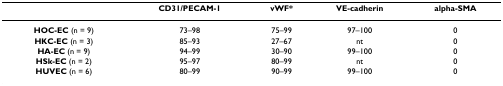
<table><thead><tr><td></td><td><b>CD31/PECAM-1</b></td><td><b>vWF*</b></td><td><b>VE-cadherin</b></td><td><b>alpha-SMA</b></td></tr></thead><tbody><tr><td><b>HOC-EC </b>(n = 9)</td><td>73–98</td><td>75–99</td><td>97–100</td><td>0</td></tr><tr><td><b>HKC-EC </b>(n = 3)</td><td>85–93</td><td>27–67</td><td>nt</td><td>0</td></tr><tr><td><b>HA-EC </b>(n = 9)</td><td>94–99</td><td>30–90</td><td>99–100</td><td>0</td></tr><tr><td><b>HSk-EC </b>(n = 2)</td><td>95–97</td><td>80–99</td><td>nt</td><td>0</td></tr><tr><td><b>HUVEC </b>(n = 6)</td><td>80–99</td><td>90–99</td><td>99–100</td><td>0</td></tr></tbody></table>